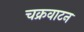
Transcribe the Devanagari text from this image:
चक्रवाटन